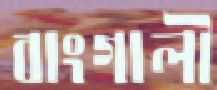
বাংগালী